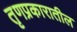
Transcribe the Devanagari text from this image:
तृणप्रकारातील